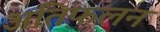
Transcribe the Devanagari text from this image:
अतिफलन